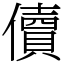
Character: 儥